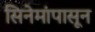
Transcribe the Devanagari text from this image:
सिनेमांपासून